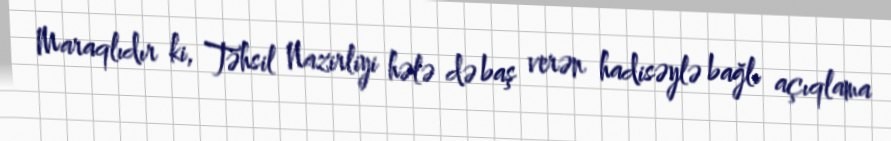
Maraqlıdır ki, Təhsil Nazirliyi hələ də baş verən hadisəylə bağlı açıqlama